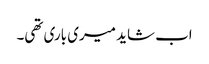
اب شاید میری باری تھی۔